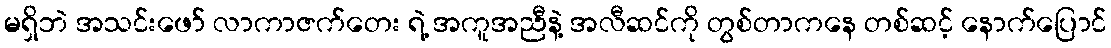
မရှိဘဲ အသင်းဖော် လာကာဇက်တေး ရဲ့ အကူအညီနဲ့ အလီဆင်ကို တွစ်တာကနေ တစ်ဆင့် နောက်ပြောင်